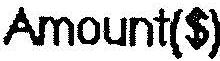
AMOUNT($)